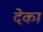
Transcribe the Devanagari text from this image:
देका